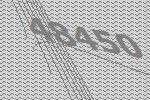
48450